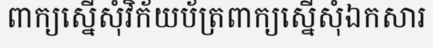
ពាក្យស្នើសុំវិក័យប័ត្រពាក្យស្នើសុំឯកសារ